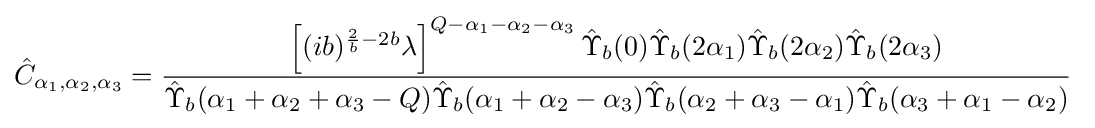
{\hat {C}}_{\alpha _{1},\alpha _{2},\alpha _{3}}={\frac {\left[(ib)^{{\frac {2}{b}}-2b}\lambda \right]^{Q-\alpha _{1}-\alpha _{2}-\alpha _{3}}{\hat {\Upsilon }}_{b}(0){\hat {\Upsilon }}_{b}(2\alpha _{1}){\hat {\Upsilon }}_{b}(2\alpha _{2}){\hat {\Upsilon }}_{b}(2\alpha _{3})}{{\hat {\Upsilon }}_{b}(\alpha _{1}+\alpha _{2}+\alpha _{3}-Q){\hat {\Upsilon }}_{b}(\alpha _{1}+\alpha _{2}-\alpha _{3}){\hat {\Upsilon }}_{b}(\alpha _{2}+\alpha _{3}-\alpha _{1}){\hat {\Upsilon }}_{b}(\alpha _{3}+\alpha _{1}-\alpha _{2})}}\